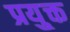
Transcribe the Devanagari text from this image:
प्रयु्क्त